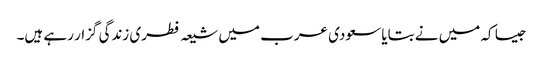
جیسا کہ میں نے بتایا سعودی عرب میں شیعہ فطری زندگی گزار رہے ہیں۔